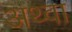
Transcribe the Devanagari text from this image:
अथ्‍वा